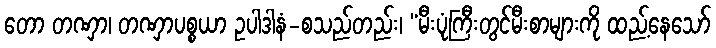
တော တဏှာ၊ တဏှာပစ္စယာ ဥပါဒါနံ-စသည်တည်း၊ “မီးပုံကြီးတွင်မီးစာများကို ထည့်နေသော်